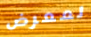
لمعرض